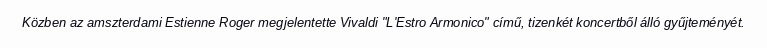
Közben az amszterdami Estienne Roger megjelentette Vivaldi "L'Estro Armonico" című, tizenkét koncertből álló gyűjteményét.